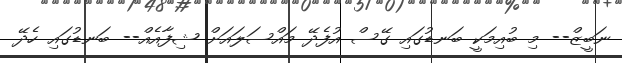
ނަބީޒް-- މި ބުއިމަކީ ބަނޑުގައި ގޭސް އުފެދޭ މައްސަލައަށް ޝިފާއެއް-- ބަނޑުގައި ހެދޭ